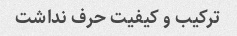
ترکیب و کیفیت حرف نداشت